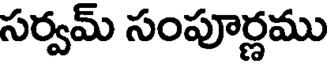
సర్వమ్ సంపూర్ణము